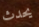
يحدث